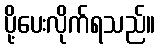
ပို့ပေးလိုက်ရသည်။